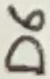
Text: D6